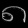
Digit: ၈